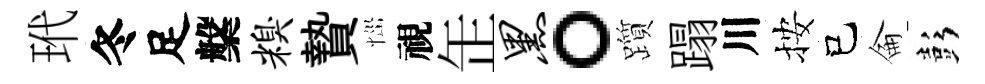
玳冬足槃糗贄𢙉視𦈢黑。躓蹋川按己侖彭